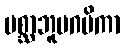
ပစ္ဆာဘူမဂမိကာ